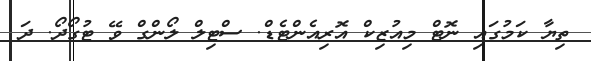
ތިޔާ ކަމުގައި ނޮޓް މިއުޒިކް އޮރިއެންޓެޑް. ސްޓިލް ލޯންގް ވޭ ޓުގޯދޯ. ދަ